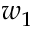
w _ { 1 }